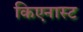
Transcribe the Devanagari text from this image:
किएनास्ट